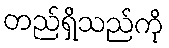
တည်ရှိသည်ကို